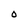
Character: O